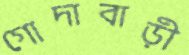
গোদাবাড়ী